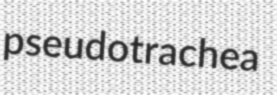
pseudotrachea